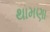
થામણા